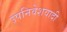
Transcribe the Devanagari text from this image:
उपनिवेशवादी